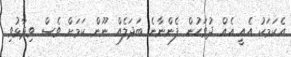
އެކަމަކު އެއީ އެއް ދުވަހުން ފެންނާނެ ބަދަލެއް ނޫން ކަމަށް ވެސް ވިދާޅުވި